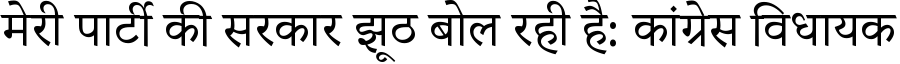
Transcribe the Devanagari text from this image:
मेरी पार्टी की सरकार झूठ बोल रही है: कांग्रेस विधायक